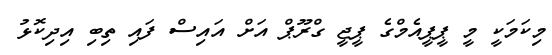
މިކަމަކީ މީ ޕީޕީއެމްގެ ޕީޖީ ގްރޫޕް އަށް އައިސް ފައި ތިބި އިދިކޮޅު